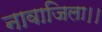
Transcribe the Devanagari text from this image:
नावाजिला।।